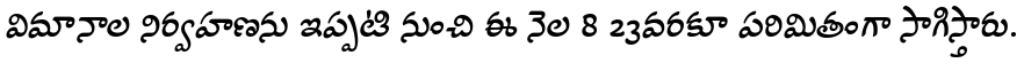
విమానాల నిర్వహణను ఇప్పటి నుంచి ఈ నెల 8 23వరకూ పరిమితంగా సాగిస్తారు.